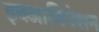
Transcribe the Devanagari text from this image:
इक्जामिनेशन